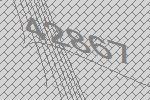
42867